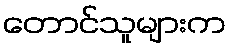
တောင်သူများက